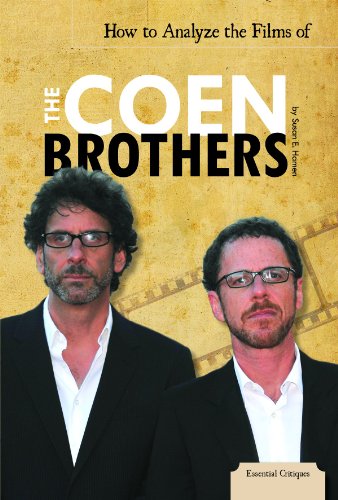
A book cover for How to Analyze the Films of the Coen Brothers (Essential Critiques); Susan E. Hamen; Teen & Young Adult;